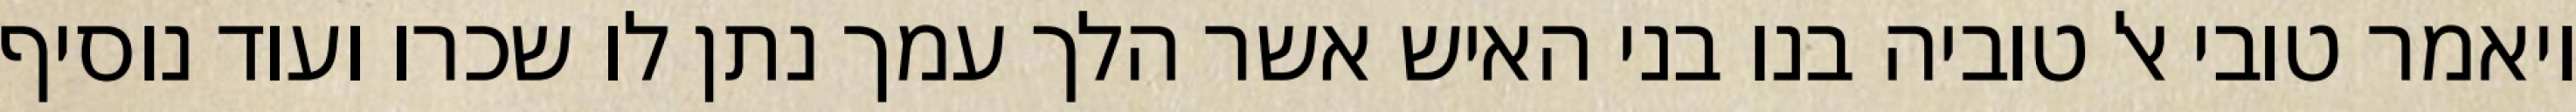
ויאמר טובי אל טוביה בנו בני האיש אשר הלך עמך נתן לו שכרו ועוד נוסיף